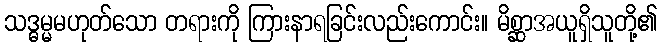
သဒ္ဓမ္မမဟုတ်သော တရားကို ကြားနာရခြင်းလည်းကောင်း။ မိစ္ဆာအယူရှိသူတို့၏